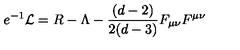
e ^ { - 1 } \mathcal { L } = R - \Lambda - \frac { ( d - 2 ) } { 2 ( d - 3 ) } F _ { \mu \nu } F ^ { \mu \nu }